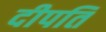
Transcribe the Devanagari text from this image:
दीपति